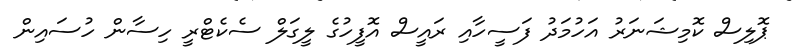
ޕޮލިސް ކޮމިޝަނަރު އަހުމަދު ފަސީހާއި ރައީސް އޮފީހުގެ ލީގަލް ސެކެޓްރީ ހިސާން ހުސައިން